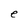
Character: e